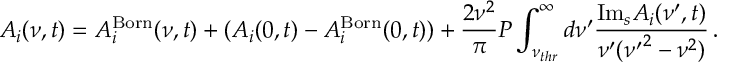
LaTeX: A _ { i } ( \nu , t ) = A _ { i } ^ { \mathrm { B o r n } } ( \nu , t ) + ( A _ { i } ( 0 , t ) - A _ { i } ^ { \mathrm { B o r n } } ( 0 , t ) ) + { \frac { 2 \nu ^ { 2 } } { \pi } } P \int _ { \nu _ { t h r } } ^ { \infty } d \nu ^ { \prime } { \frac { \mathrm { I m } _ { s } A _ { i } ( \nu ^ { \prime } , t ) } { \nu ^ { \prime } ( { \nu ^ { \prime } } ^ { 2 } - \nu ^ { 2 } ) } } \, .